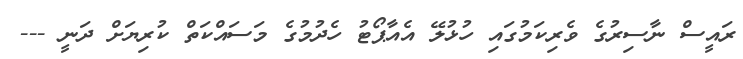
ރައީސް ނާސިރުގެ ވެރިކަމުގައި ހުުޅުލޭ އެއާޕޯޓު ހެދުމުގެ މަސައްކަތް ކުރިޔަށް ދަނީ ---